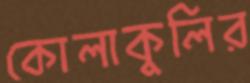
কোলাকুলির